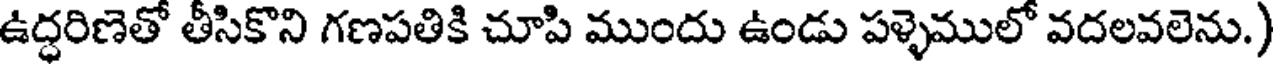
ఉద్ధరిణెతో తీసికొని గణపతికి చూపి ముందు ఉండు పళ్ళెములో వదలవలెను.)